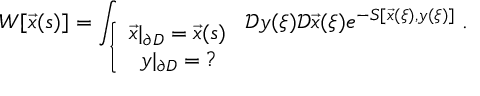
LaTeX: W [ \vec { x } ( s ) ] = \int _ { \left\{ \begin{array} { c } { { \vec { x } | _ { \partial D } = \vec { x } ( s ) } } \\ { { y | _ { \partial D } = ? } } \end{array} \right. } \mathcal { D } y ( \xi ) \mathcal { D } \vec { x } ( \xi ) e ^ { - S [ \vec { x } ( \xi ) , y ( \xi ) ] } \; .